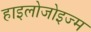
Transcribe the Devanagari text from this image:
हाइलोजोइज्म